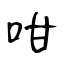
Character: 咁